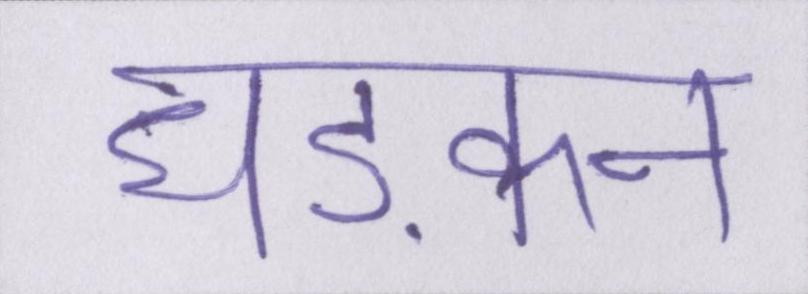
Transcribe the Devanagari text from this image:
धड़कन